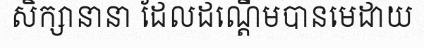
សិក្សានានា ដែលដណ្តើមបានមេដាយ